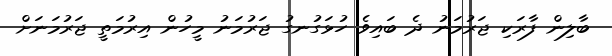
ބާލިން ފާރަކި ޖަރުމަނު ދެ ބައިވެ ހުޅަގުނގު ޖަރުމަނު މީހުން އިރުމަތީ ޖަރުމަނަށް